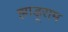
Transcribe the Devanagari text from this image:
झाड़ूराम